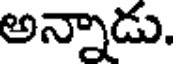
అన్నాడు.